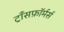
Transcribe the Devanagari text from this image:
ट्राँसफ़ॉर्मर्स